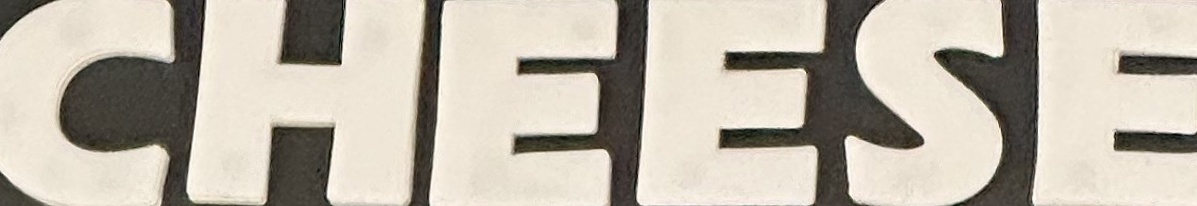
CHEESE